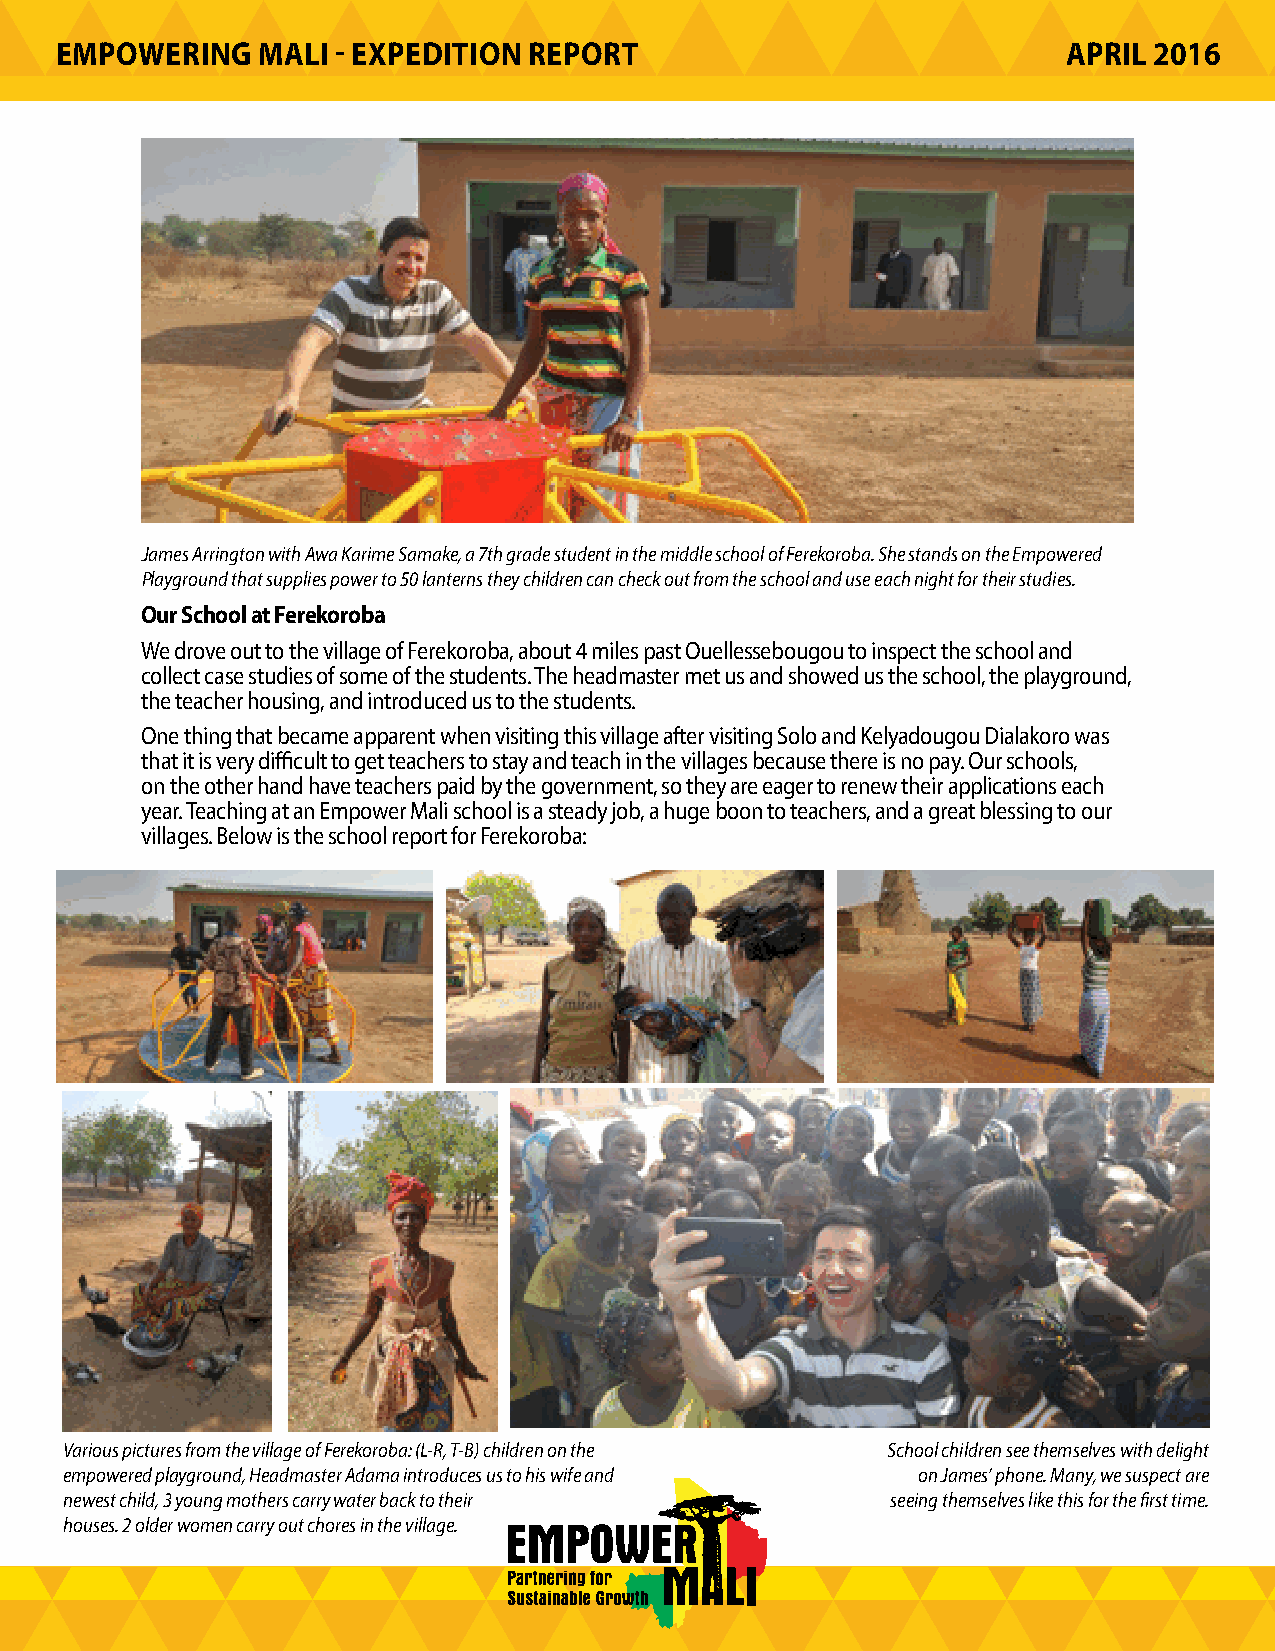
EMPOWERING   MALI - EXPEDITION REPORT                              APRIL 2016
 James Arrington with Awa Karime Samake, a 7th grade student in the middle school of Ferekoroba. She stands on the Empowered
 Playground that supplies power to 50 lanterns they children can check out from the school and use each night for their studies.
 Our School at Ferekoroba
 We drove out to the village of Ferekoroba, about 4 miles past Ouellessebougou to inspect the school and
 collect case studies of some of the students. The headmaster met us and showed us the school, the playground,
 the teacher housing, and introduced us to the students.
 One thing that became apparent when visiting this village after visiting Solo and Kelyadougou Dialakoro was
 that it is very difficult to get teachers to stay and teach in the villages because there is no pay. Our schools,
 on the other hand have teachers paid by the government, so they are eager to renew their applications each
 year. Teaching at an Empower Mali school is a steady job, a huge boon to teachers, and a great blessing to our
 villages. Below is the school report for Ferekoroba:
 Various pictures from the village of Ferekoroba: (L-R, T-B) children on the School children see themselves with delight
 empowered playground, Headmaster Adama introduces us to his wife and on James’ phone. Many, we suspect are
 newest child, 3 young mothers carry water back to their seeing themselves like this for the first time.
 houses. 2 older women carry out chores in the village.